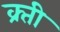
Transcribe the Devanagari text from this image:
क्र्ती